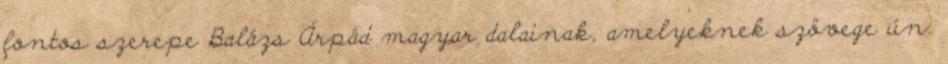
fontos szerepe Balázs Árpád magyar dalainak, amelyeknek szövege ún.